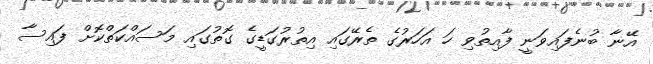
އޭނާ ބުނެފައިވަނީ ފާއިތުވި ހަ އަހަރުގެ ތެރޭގައި އިތުރުގަޑީގެ ގޮތުގައި މަސައްކަތްކޮށް ފައިސާ